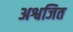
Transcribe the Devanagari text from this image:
अश्वजित